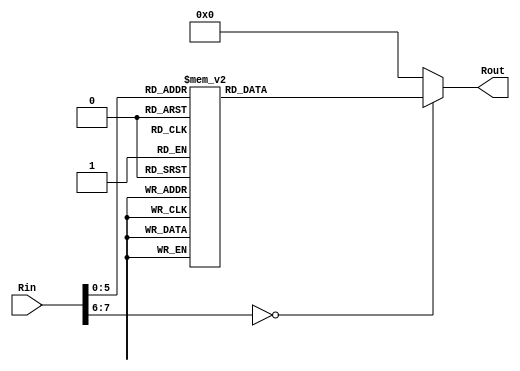
module IRcon (Rin, Rout);

input		  [0:7] Rin;
output reg [0:7] Rout;

always@(Rin)
begin
	case(Rin)
		8'h00 : Rout = 8'h01; 8'h10: Rout = 8'h00; 8'h20: Rout = 8'h00; 8'h30: Rout = 8'h00;
		8'h01 : Rout = 8'h02; 8'h11: Rout = 8'h00; 8'h21: Rout = 8'h00; 8'h31: Rout = 8'h00;
		8'h02 : Rout = 8'h04; 8'h12: Rout = 8'h00; 8'h22: Rout = 8'h00; 8'h32: Rout = 8'h00;
		8'h03 : Rout = 8'h08; 8'h13: Rout = 8'h00; 8'h23: Rout = 8'h00; 8'h33: Rout = 8'h00;
		8'h04 : Rout = 8'h10; 8'h14: Rout = 8'h00; 8'h24: Rout = 8'h00; 8'h34: Rout = 8'h00;
		8'h05 : Rout = 8'h20; 8'h15: Rout = 8'h00; 8'h25: Rout = 8'h00; 8'h35: Rout = 8'h00;
		8'h06 : Rout = 8'h40; 8'h16: Rout = 8'h00; 8'h26: Rout = 8'h00; 8'h36: Rout = 8'h00;
		8'h07 : Rout = 8'h80; 8'h17: Rout = 8'h00; 8'h27: Rout = 8'h00; 8'h37: Rout = 8'h00;
		8'h08 : Rout = 8'h1B; 8'h18: Rout = 8'h00; 8'h28: Rout = 8'h00; 8'h38: Rout = 8'h00;
		8'h09 : Rout = 8'h36; 8'h19: Rout = 8'h00; 8'h29: Rout = 8'h00; 8'h39: Rout = 8'h00;
		default : Rout = 8'h00;
	endcase
end

endmodule